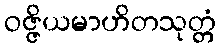
ဝဇ္ဇိယမာဟိတသုတ္တံ